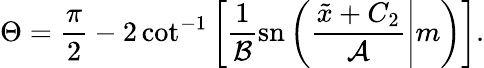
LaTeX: \Theta=\frac{\pi}{2}-2\cot^{-1}\left[\frac{1}{\mathcal{B}}\mathrm{sn}\left(\left.\frac{\tilde{x}+C_{2}}{\mathcal{A}}\right|m\right)\right].